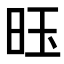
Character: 𫞂